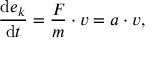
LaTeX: { \frac { \mathrm { d } e _ { k } } { \mathrm { d } t } } = { \frac { F } { m } } \cdot v = a \cdot v ,